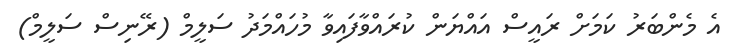
އެ މެންބަރު ކަމަށް ރައީސް އައްޔަން ކުރައްވާފައިވާ މުހައްމަދު ސަލީމް (ރޭނިސް ސަލީމް)